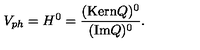
V _ { p h } = H ^ { 0 } = \frac { ( \mathrm { K e r n } Q ) ^ { 0 } } { ( \mathrm { I m } Q ) ^ { 0 } } .